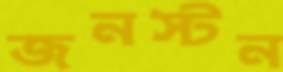
জনস্টন